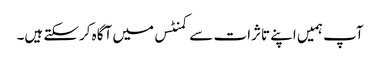
آپ ہمیں اپنے تاثرات سے کمنٹس میں آگاہ کرسکتے ہیں۔